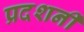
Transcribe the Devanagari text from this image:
प्रदशर्नी